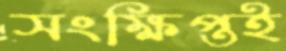
সংক্ষিপ্তই